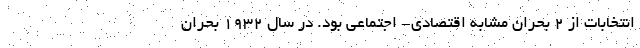
انتخابات از 2 بحران مشابه اقتصادی- اجتماعی بود. در سال 1932 بحران